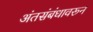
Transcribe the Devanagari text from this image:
अंतसंबंधावरून